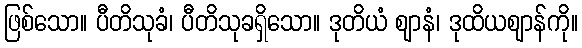
ဖြစ်သော။ ပီတိသုခံ၊ ပီတိသုခရှိသော။ ဒုတိယံ ဈာနံ၊ ဒုထိယဈာန်ကို။